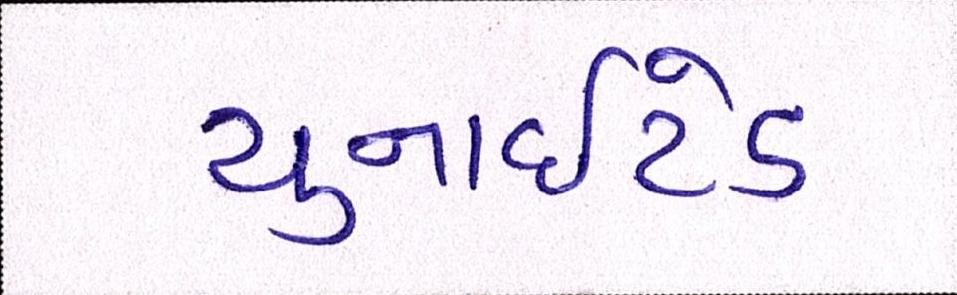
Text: યુનાઈટેડ